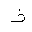
Letter: _thal